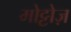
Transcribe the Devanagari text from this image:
मोट्टोज़